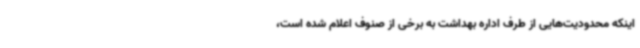
اینکه محدودیت‌هایی از طرف اداره بهداشت به برخی از صنوف اعلام شده است،